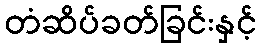
တံဆိပ်ခတ်ခြင်းနှင့်